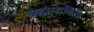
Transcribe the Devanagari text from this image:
ब्रह्मसावित्रि